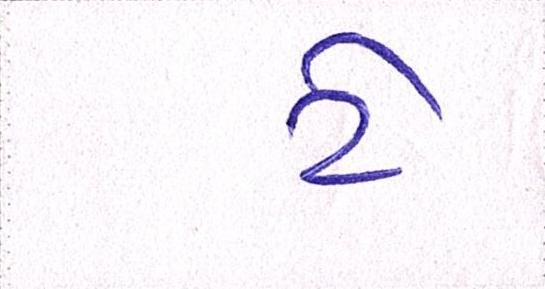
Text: ટે